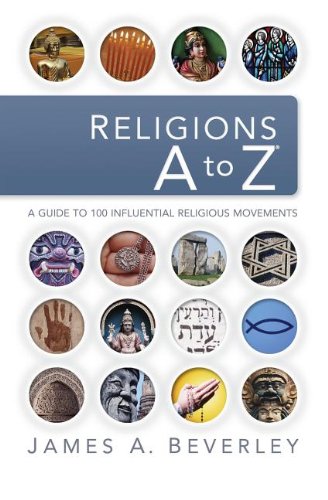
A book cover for Religions A to Z: A Guide to the 100 Most Influential Religious Movements; James A. Beverley; Religion & Spirituality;